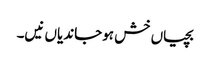
بچیاں خش ہوجاندیاں نیں۔